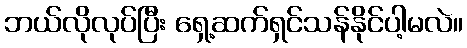
ဘယ်လိုလုပ်ပြီး ရှေ့ဆက်ရှင်သန်နိုင်ပါ့မလဲ။